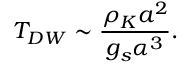
T _ { D W } \sim \frac { \rho _ { K } a ^ { 2 } } { g _ { s } \alpha ^ { 3 } } .